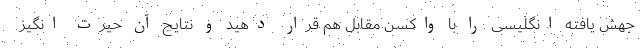
جهش یافته انگلیسی را با واکسن مقابل هم قرار دهید و نتایج آن حیرت انگیز